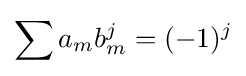
\sum a_{m}b_{m}^{j}=(-1)^{j}